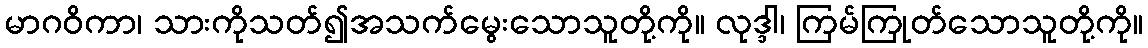
မာဂဝိကာ၊ သားကိုသတ်၍အသက်မွေးသောသူတို့ကို။ လုဒ္ဒါ၊ ကြမ်ကြုတ်သောသူတို့ကို။